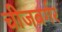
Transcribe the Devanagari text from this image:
चीजबर्गर